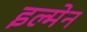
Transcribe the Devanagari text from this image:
इल्मेन